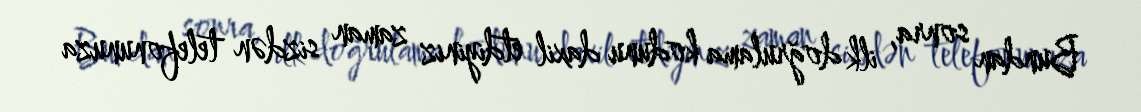
Bundan sonra, ilk doğrulama kodunu daxil etdiyiniz zaman sizdən telefonunuza